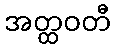
အတ္ထဝတီ